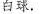
白球。